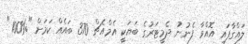
ލައްގާފައި އޮއްވާ ފެނުނު ދެމީޓަރުގެ ބަޔަކީ އެމްއެޗް 370 ބައެއް ކަމަށް "%100"